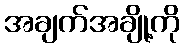
အချက်အချို့ကို